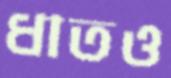
ধাতও